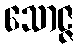
သောဇ္ဇ